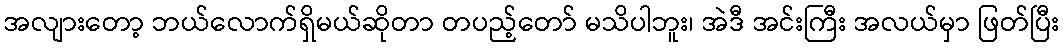
အလျားတော့ ဘယ်လောက်ရှိမယ်ဆိုတာ တပည့်တော် မသိပါဘူး၊ အဲဒီ အင်းကြီး အလယ်မှာ ဖြတ်ပြီး